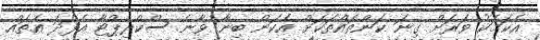
އެކަމަކު ވަރަށް ގިނަ ކަންތައްތަކަށް އެކަން ބިނާ ވާނެ ސްކްރިޕްޓާ އެފަދަ އެތައް